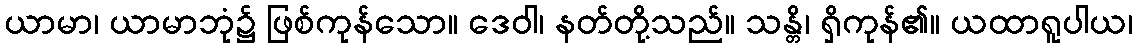
ယာမာ၊ ယာမာဘုံ၌ ဖြစ်ကုန်သော။ ဒေဝါ၊ နတ်တို့သည်။ သန္တိ၊ ရှိကုန်၏။ ယထာရူပါယ၊